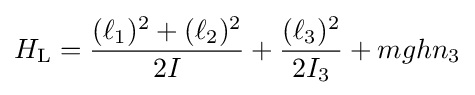
H_{\rm {L}}={\frac {(\ell _{1})^{2}+(\ell _{2})^{2}}{2I}}+{\frac {(\ell _{3})^{2}}{2I_{3}}}+mghn_{3}